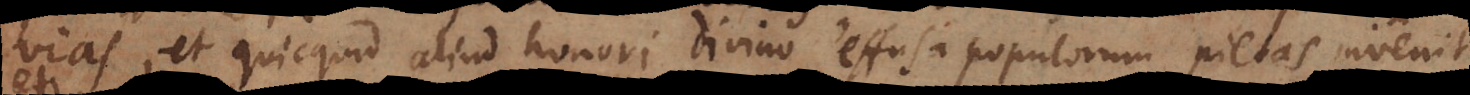
vias, et quicquid aliud honori divino effusa populorum pietas invenit